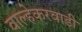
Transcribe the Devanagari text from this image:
वाल्हेकरवाडी